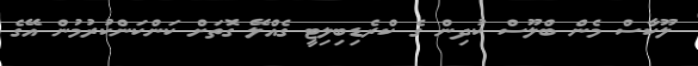
ލޫކާސް މެން ބްލޫސް ކުދިން ގެ ކްރެޑިބިލިޓީ ގެއްލޭ ގޮތަށް ކަންކަންކުރުމުން އޭގެ